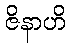
ဇိနာဟိ